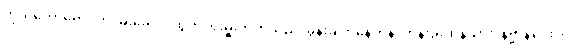
ကိုယ်တော်ရောင်တိ၊ မိုးခေါင်ပထွတ်၊ ရဲးမှူးတက်သည်၊ မွန်းချက်နေဟန်၊ တန်းခိုးထန်သား၊ နိဗ္ဗာန်ပေးပိုင်၊